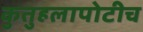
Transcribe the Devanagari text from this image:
कुतुहलापोटीच